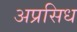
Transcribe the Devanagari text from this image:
अप्रसिध